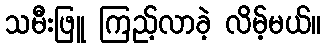
သမီးဖြူ ကြည့်လာခဲ့ လိမ့်မယ်။